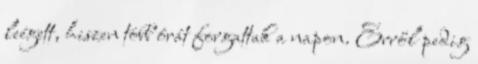
leégett, hiszen több órát forgattak a napon. Erről pedig